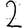
Digit: 2